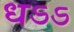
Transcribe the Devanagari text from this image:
धऽऽ